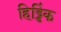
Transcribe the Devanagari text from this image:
हिड्डिंक